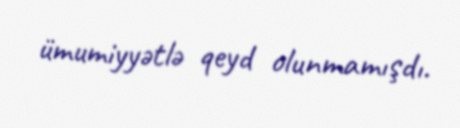
ümumiyyətlə qeyd olunmamışdı.